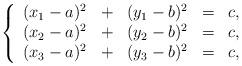
LaTeX: \begin{align*}\left\{ \begin{array}{llllllll} (x_1-a)^2 &+& (y_1-b)^2 &=&c,\\ (x_2-a)^2 &+& (y_2-b)^2 &=&c,\\ (x_3-a)^2 &+& (y_3-b)^2 &=&c,\\ \end{array}\right.\end{align*}